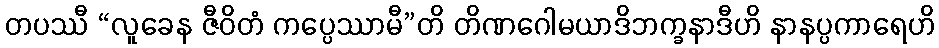
တပဿီ “လူခေန ဇီဝိတံ ကပ္ပေဿာမီ”တိ တိဏဂေါမယာဒိဘက္ခနာဒီဟိ နာနပ္ပကာရေဟိ